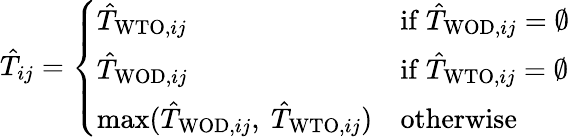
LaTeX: \begin{array}{r}{\hat{T}_{ij}=\left\{ \begin{array}{ll}{\hat{T}_{\mathrm{WTO},ij}}&{\mathrm{if}\ \hat{T}_{\mathrm{WOD},ij}=\emptyset}\\ {\hat{T}_{\mathrm{WOD},ij}}&{\mathrm{if}\ \hat{T}_{\mathrm{WTO},ij}=\emptyset}\\ {\operatorname*{max}(\hat{T}_{\mathrm{WOD},ij},\ \hat{T}_{\mathrm{WTO},ij})}&{\mathrm{otherwise}}\end{array}\right.}\end{array}